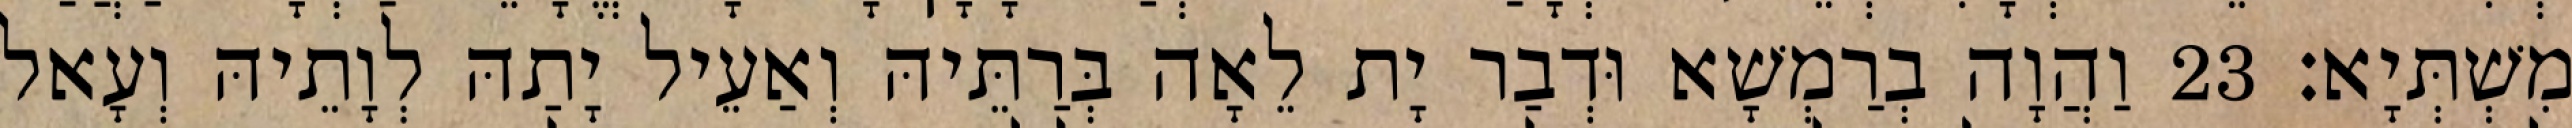
מִשְׁתְּיָא׃ 23 וַהֲוָה בְרַמְשָׁא וּדְבַר יָת לֵאָה בְּרַתֵּיהּ וְאַעֵיל יָתַהּ לְוָתֵיהּ וְעָאל